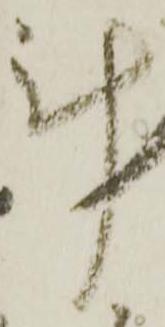
計